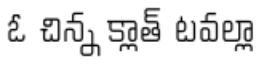
ఓ చిన్న క్లాత్ టవల్లా